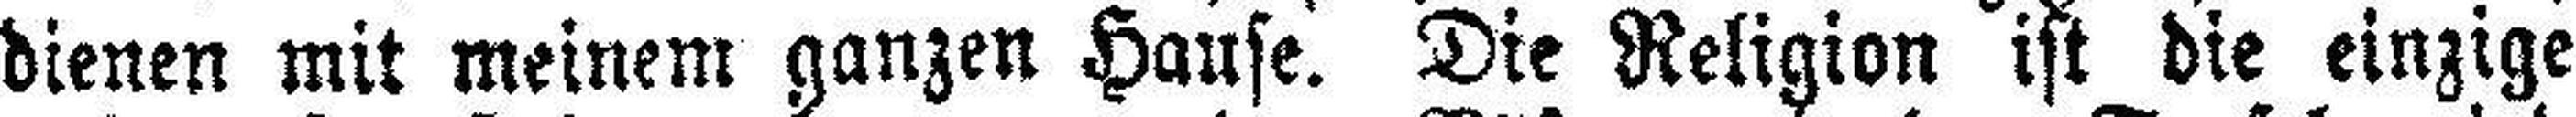
dienen mit meinem ganzen Hause. Die Religion ist die einzige